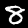
Digit: 8